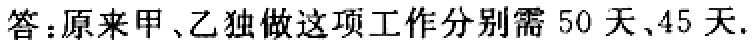
答：原来甲、乙独做这项工作分别需 50 天、45 天.